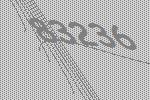
83236